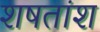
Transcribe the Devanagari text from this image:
शषतांश